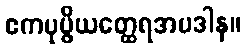
ဧကပုပ္ဖိယတ္ထေရအပဒါန။